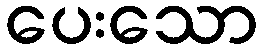
ပေးသော